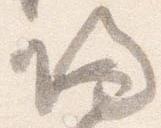
帰